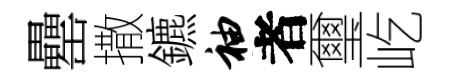
罍撒鑣袖者璽屹